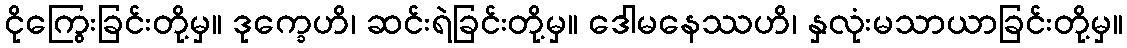
ငိုကြွေးခြင်းတို့မှ။ ဒုက္ခေဟိ၊ ဆင်းရဲခြင်းတို့မှ။ ဒေါမနေဿဟိ၊ နှလုံးမသာယာခြင်းတို့မှ။